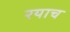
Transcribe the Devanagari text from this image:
रयाच